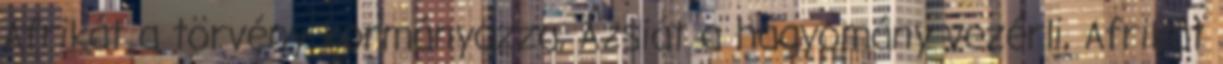
Afrikát a törvény kormányozza, Ázsiát a hagyomány vezérli, Afrikát